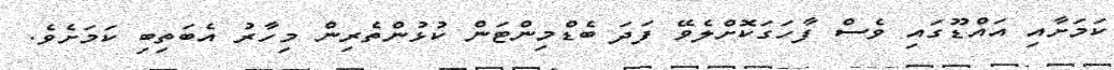
ކަމަށާއި އައްޑޫގައި ވެސް ފާހަގަކޮށްލެވޭ ފަދަ ބެޑްމިންޓަން ކުޅުންތެރިން މިހާރު އެބަތިބި ކަމަށެވެ.